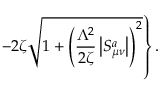
\left. - 2 \zeta \sqrt { 1 + \left( \frac { \Lambda ^ { 2 } } { 2 \zeta } \left| S _ { \mu \nu } ^ { a } \right| \right) ^ { 2 } } \right\} .